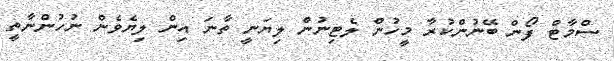
ސްމާޓް ފޯން ބޭނުންކުރާ މީހުން ލެޓިނުން ލިޔަނީ ތާނަ އިން ލިޔެވެން ނުހުންނާތީ